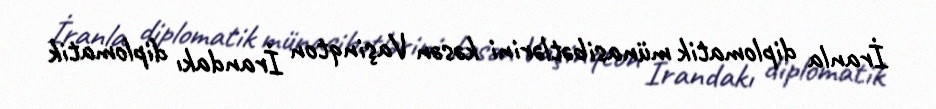
İranla diplomatik münasibətlərini kəsən Vaşinqton İrandakı diplomatik